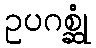
ဥပဂစ္ဆုံ